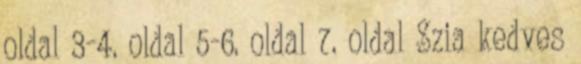
oldal 3-4. oldal 5-6. oldal 7. oldal Szia kedves